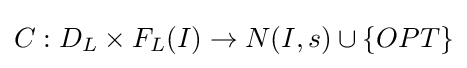
C:D_{L}\times F_{L}(I)\rightarrow N(I,s)\cup \{OPT\}